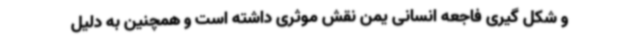
و شکل گیری فاجعه انسانی یمن نقش موثری داشته‌ است و همچنین به دلیل